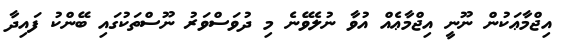
އިޖްމާޢަކުން ނޫނީ އިޖްމާޢެއް އުވާ ނުލެވޭނެ މި ދުވަސްވަރު ނޫސްތަކުގައި ބޭންކު ފައިދާ